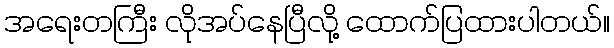
အရေးတကြီး လိုအပ်နေပြီလို့ ထောက်ပြထားပါတယ်။